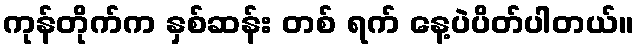
ကုန်တိုက်က နှစ်ဆန်း တစ် ရက် နေ့ပဲပိတ်ပါတယ်။